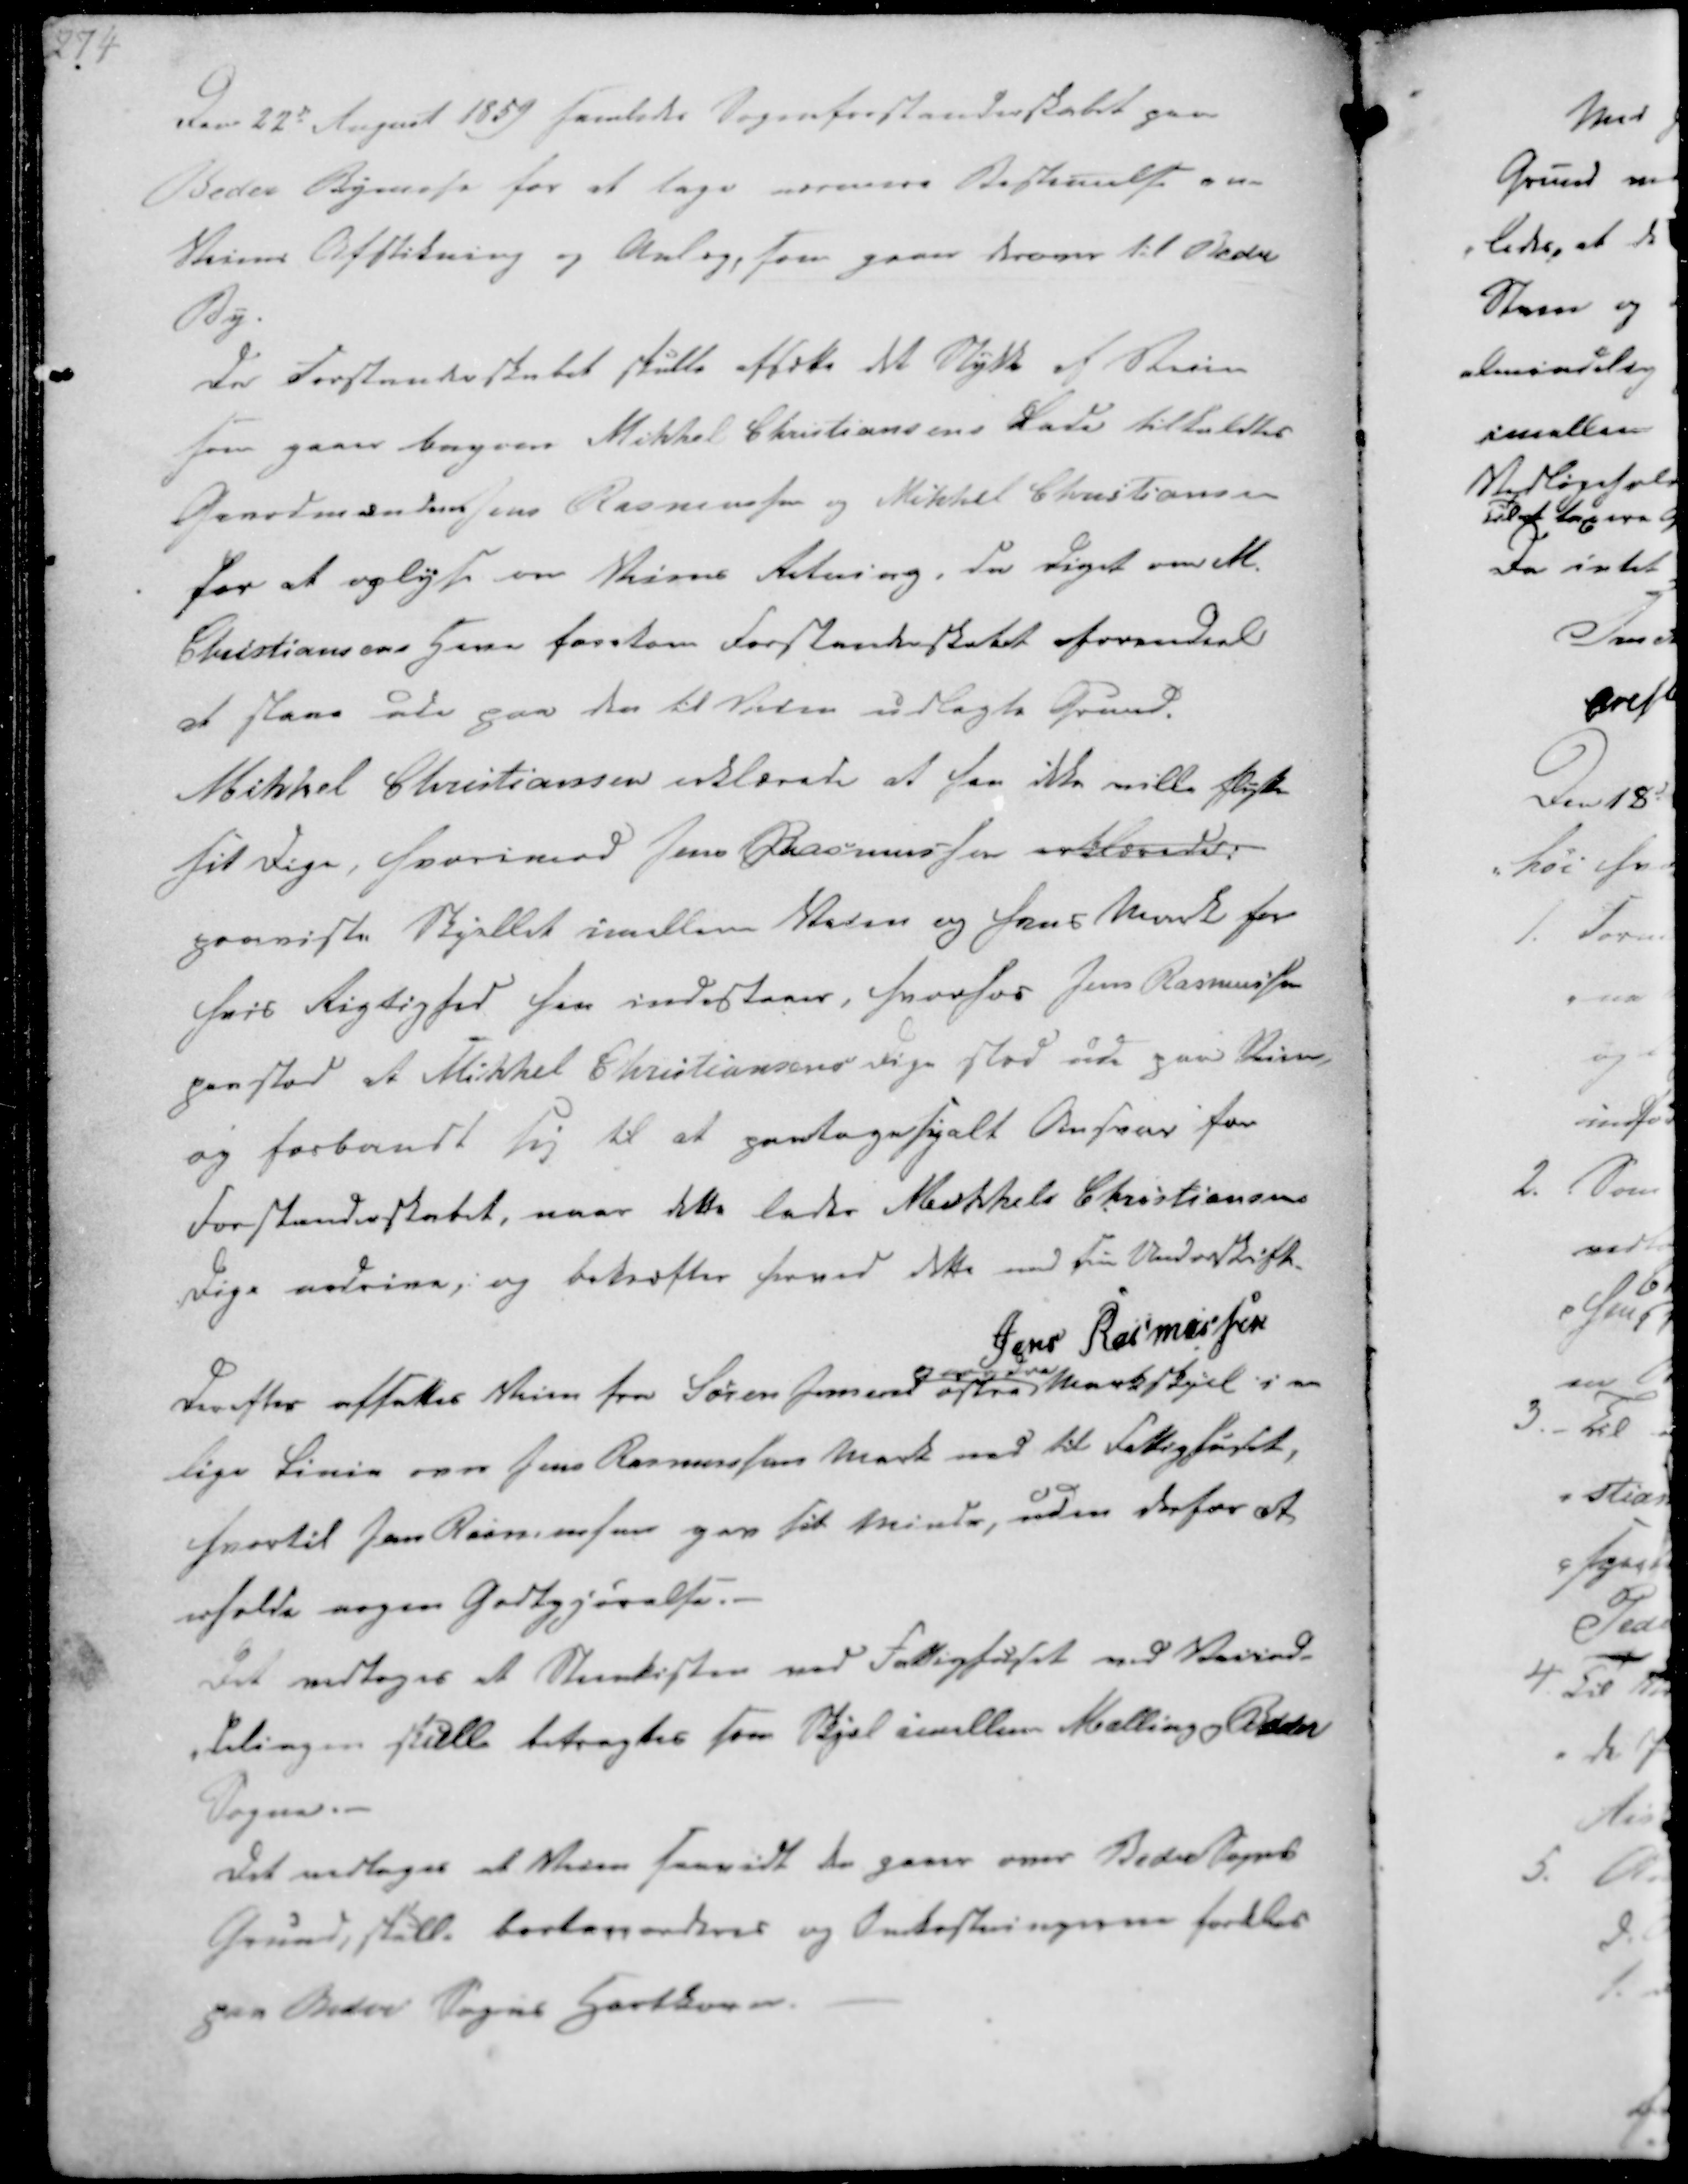
Transskription:
Den 22de August 1859 samledes Sogneforstanderskabet paa
Beder Bymose for at tage nærmere Bestemelse om-
Veiens Afstikning og Anlæg, som gaaer derover til Beder
By.

Da Forstanderskabet skulle afsætte det Stykke af Stien
som gaaer bagover Mikkel Christiansens Lade tilkaldtes
Gaardmændene Jens Rasmussen og Mikkel Christiansen
for at oplyse om Veiens Retning, da diget om M.
Christiansens Have forekom Forstanderskabet formedeels
at staae ude paa den til Veien udlagte Grund.
Mikkel Christiansen erklærede at han ikke ville flytte
sit Dige, hvorimod Jens Rasmussen erklæredes:
paaviste Skjellet imellem Veien og hans Mark for
hvis Rigtighed han indestaaer, hvorhos Jens Rasmussen
paastod at Mikkel Christiansens Dige stod ude paa Veien,
og forbandt sig til at paatage sig alt Ansvar for
Forstanderskabet, naar dette lades Mikkel Christiansens
Dige nedrive, og bekræfter herved dette med sin Underskrift.
Jens Rasmussen

Derefter afsattes Veien fra Søren Jensens østre
og nedre
Markskjel i en
lige Linie over Jens Rasmussens Mark ned til Fattighuset,
hvortil Jens Rasmusen gav sit Minde, uden derfor at,
erholde nogen Godtgjørelse.
Det vedtoges at Steenkisten ved Fattighuset ved Veiind-
delingen skulle betragtes som Skjel imellem Malling og Beder
Sogne.
Det vedtoges at Veien saavidt den gaaer over Beder Sogns
Grund, skulle bortaccorderes og Omkostningerne fordeles
paa Beder Sogns Hartkorn.